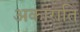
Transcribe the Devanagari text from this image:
अकाराति